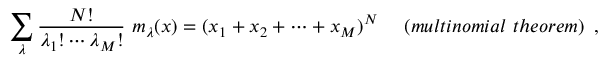
\sum _ { \lambda } \frac { N ! } { { \lambda _ { 1 } } ! \cdots { \lambda _ { M } } ! } ~ m _ { \lambda } ( x ) = ( x _ { 1 } + x _ { 2 } + \cdots + x _ { M } ) ^ { N } ~ ~ ~ ~ ( m u l t i n o m i a l ~ t h e o r e m ) \, \, \, ,